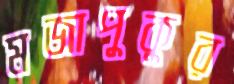
মজাপুকুর